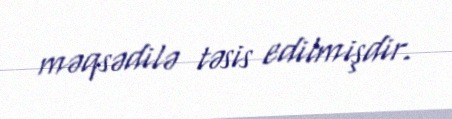
məqsədilə təsis edilmişdir.